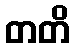
တတိ